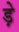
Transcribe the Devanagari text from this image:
ड़े